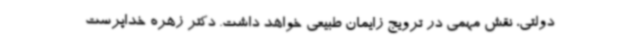
دولتی، نقش مهمی در ترویج زایمان طبیعی خواهد داشت. دکتر زهره خداپرست